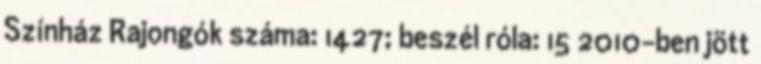
Színház Rajongók száma: 1427; beszél róla: 15 2010-ben jött